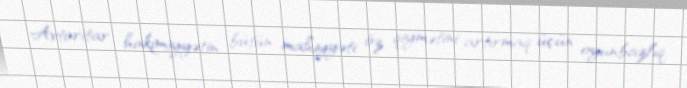
Avtoritar hakimiyyətin bütün mahiyyəti öz qiymətini artırmaq üçün oyunbazlıq